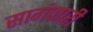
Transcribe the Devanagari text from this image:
सागंणारी